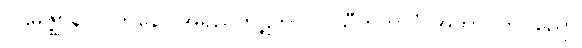
ပဌမဇ္ဈာနလာဘိနော အရညကုဋိကာယ သီတိဘာဝံ အဘာဝိတပညော